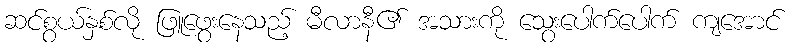
ဆင်စွယ်နှစ်လို ဖြူဖွေးနေသည့် မီလာနီ၏ အသားကို သွေးပေါက်ပေါက် ကျအောင်